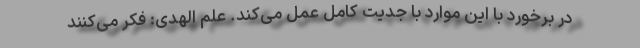
در برخورد با این موارد با جدیت کامل عمل می‌کند. علم الهدی: فکر می‌کنند